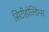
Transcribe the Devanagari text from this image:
सिटीहोल्डिंग्स